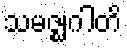
သမဇ္ဈဂါတိ